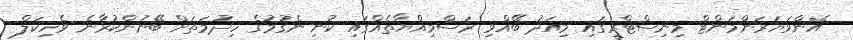
އެންވަޔަރަންމަންޓް މިނިސްޓްރީގައި މިއަދު ބޭއްވި ރަސްމިއްޔާތެއްގައި ކުނި ނެގުމުގެ ހިދުމަތަށް ބޭނުންކުރާނެ ވެހިކަލް